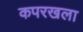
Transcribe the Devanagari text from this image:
कपरखला